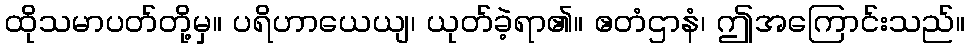
ထိုသမာပတ်တို့မှ။ ပရိဟာယေယျ၊ ယုတ်ခဲ့ရာ၏။ ဧတံဌာနံ၊ ဤအကြောင်းသည်။